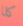
كلا